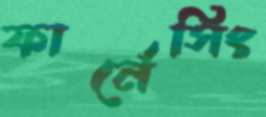
ফার্নেসিং